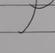
Signature authenticity: forged